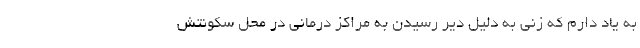
به یاد دارم که زنی به دلیل دیر رسیدن به مراکز درمانی در محل سکونتش